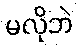
မလိုဘဲ